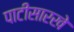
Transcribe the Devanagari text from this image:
पाटीसारखे